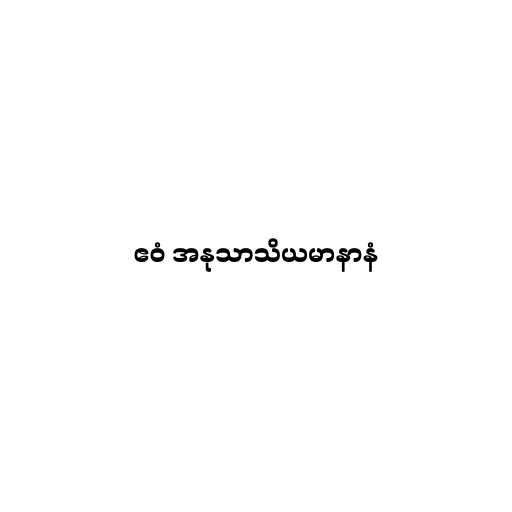
ဧဝံ အနုသာသိယမာနာနံ